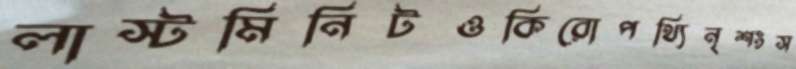
লাস্টমিনিটওকিরোপথ্যিনৃশংস